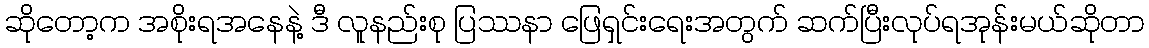
ဆိုတော့က အစိုးရအနေနဲ့ ဒီ လူနည်းစု ပြဿနာ ဖြေရှင်းရေးအတွက် ဆက်ပြီးလုပ်ရအုန်းမယ်ဆိုတာ